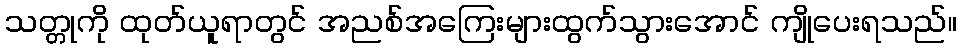
သတ္တုကို ထုတ်ယူရာတွင် အညစ်အကြေးများထွက်သွားအောင် ကျိုပေးရသည်။